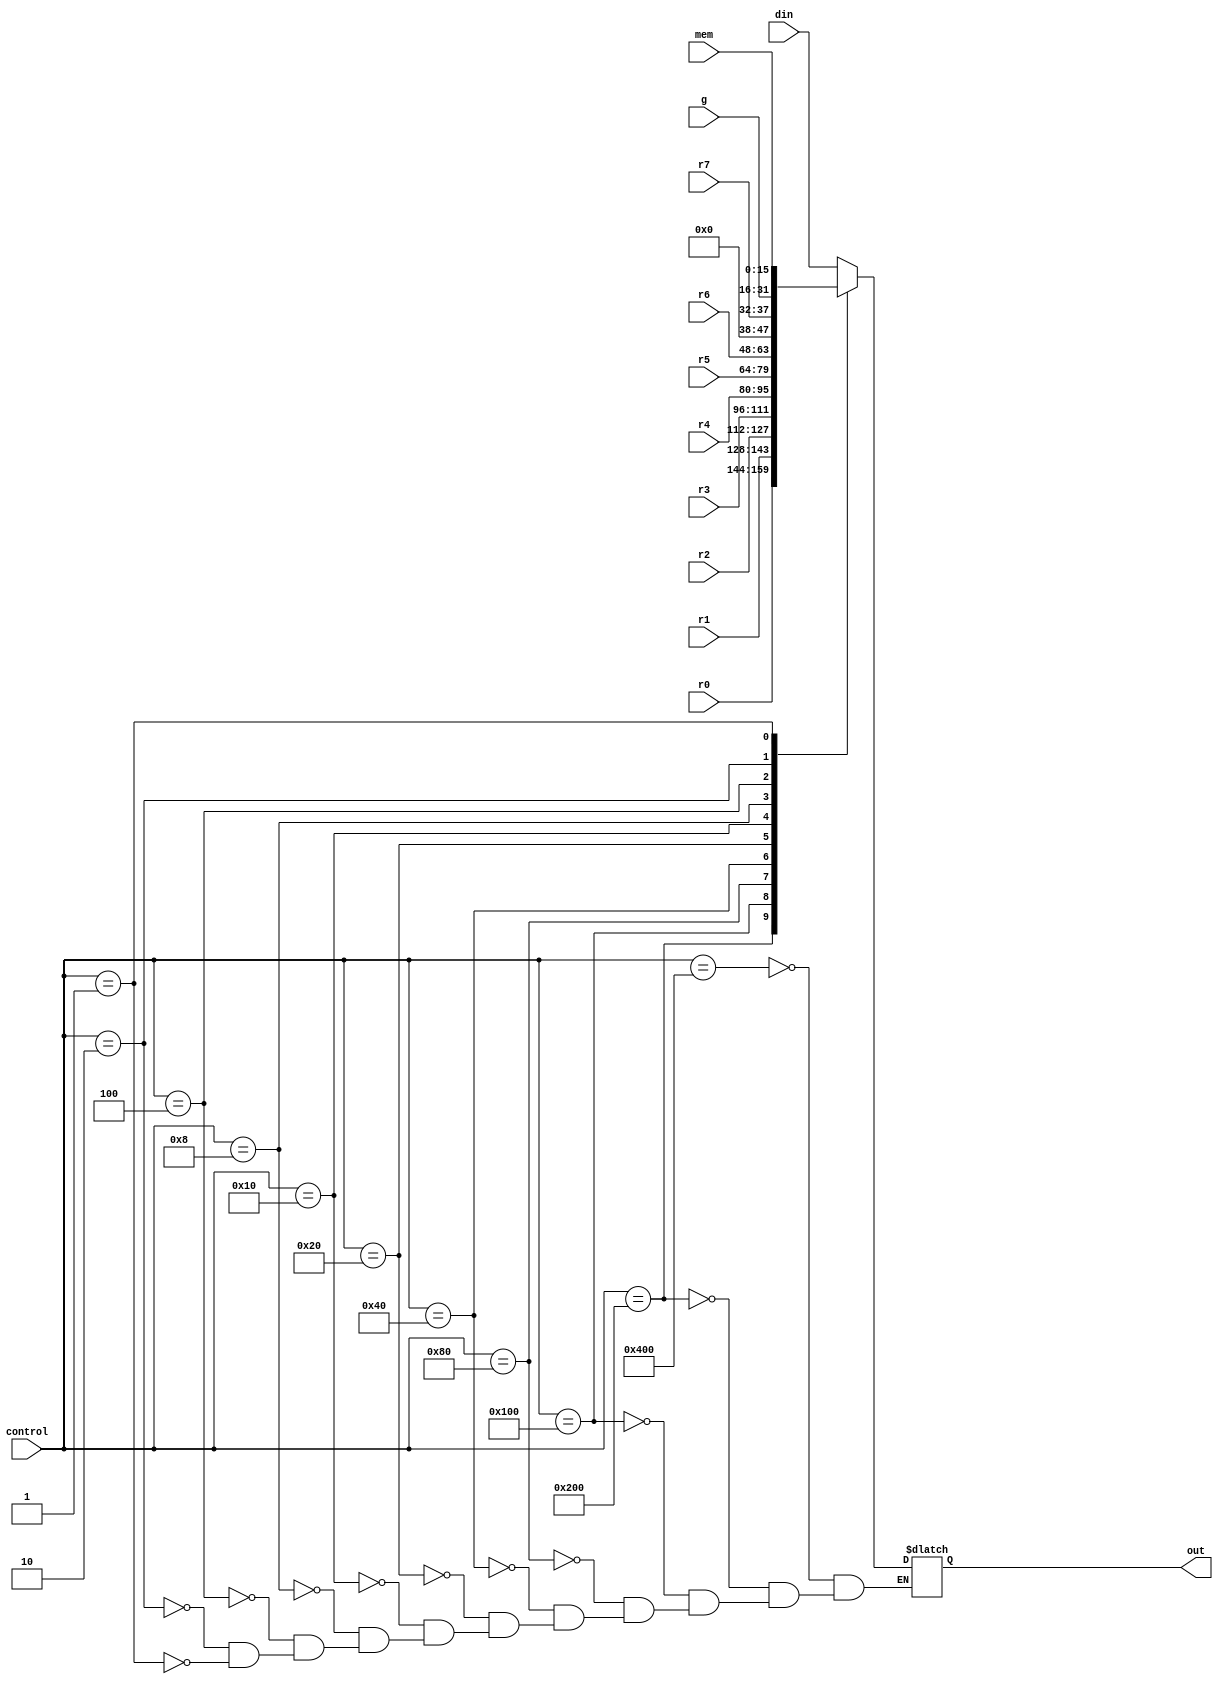
module MUX(din, r0, r1, r2, r3, r4, r5, r6, r7, g, mem, control, out);

input [0:10]  control;
input [15:0] din, r0, r1, r2, r3, r4, r5, r6, g, mem;
input [5:0] r7;

output reg [15:0] out; //BusWires

always@(control) 
	begin
			case (control)
				11'b10000000000: out = din;
				11'b01000000000: out = r0;
				11'b00100000000: out = r1;
				11'b00010000000: out = r2;
				11'b00001000000: out = r3;
				11'b00000100000: out = r4;
				11'b00000010000: out = r5;
				11'b00000001000: out = r6;
				11'b00000000100: out = {4'b0,r7}; // 5 + 11
				11'b00000000010: out = g;
				11'b00000000001: out = mem;
			endcase
	end
endmodule